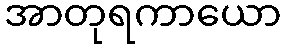
အာတုရကာယော